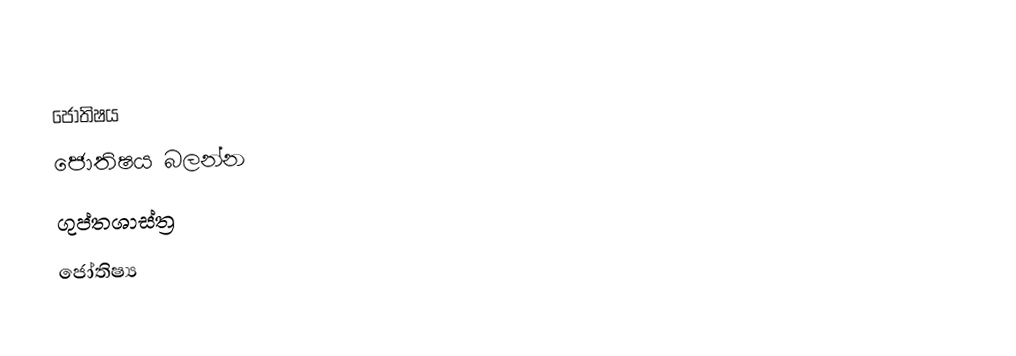
ජෝතිෂය
ජොතිෂය     බලන්න
ගුප්තශාස්ත්‍ර
ජෝතිෂ්‍ය